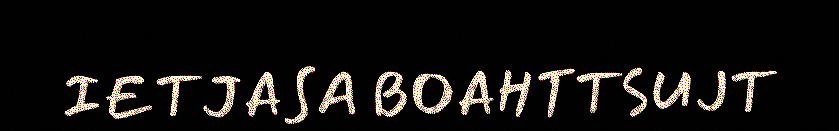
IETJASA BOAHTTSUJT